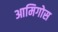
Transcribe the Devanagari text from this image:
आमिगोस